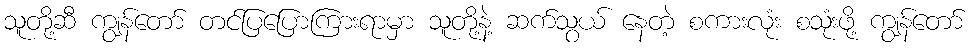
သူတို့ဆီ ကျွန်တော် တင်ပြပြောကြားရာမှာ သူတို့နဲ့ ဆက်သွယ် နေတဲ့ စကားလုံး စသုံးဖို့ ကျွန်တော်